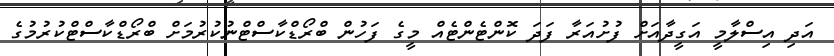
އަދި އިސްލާމީ އަގީދާއަށް ފުށުއަރާ ފަދަ ކޮންޓެންޓެއް މީގެ ފަހުން ބްރޯޑްކާސްޓްނުކުރުމަށް ބްރޯޑްކާސްޓްކުރުމުގެ